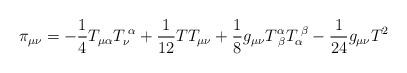
LaTeX: \begin{align*}\pi_{\mu\nu} = -\frac{1}{4}T_{\mu\alpha}T^{\;\alpha}_{\nu} +\frac{1}{12}TT_{\mu\nu} +\frac{1}{8}g_{\mu\nu}T^{\alpha}_{\;\beta} T^{\;\beta}_{\alpha}-\frac{1}{24}g_{\mu\nu}T^2\end{align*}